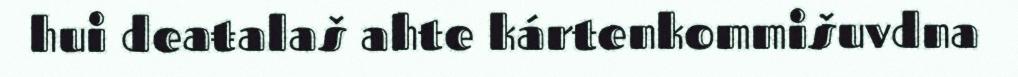
hui deaŧalaš ahte kártenkommišuvdna